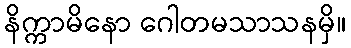
နိက္ကာမိနော ဂေါတမသာသနမှိ။